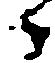
御